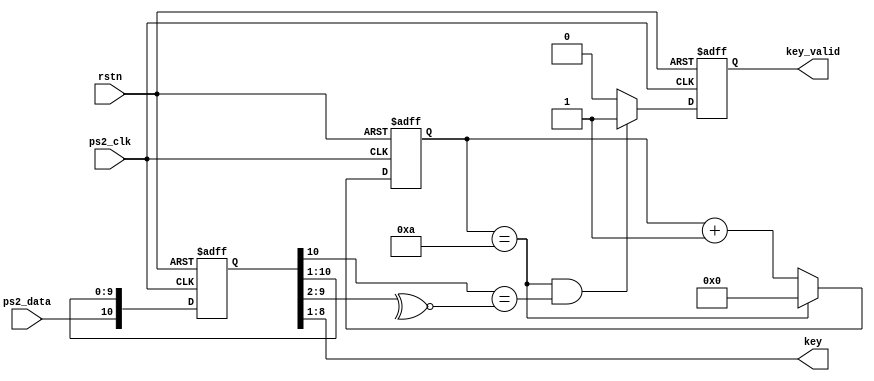
module keyboard(rstn, ps2_clk, ps2_data, key_valid, key);
    input rstn, ps2_clk, ps2_data;
    output key_valid;
    output[7:0] key;

    reg[10:0] shift_reg;
    always @(negedge ps2_clk or negedge rstn)
        if (!rstn)
            shift_reg <= 0;
        else
            shift_reg <= {ps2_data, shift_reg[10:1]};

    reg[3:0] counter;
    always @(negedge ps2_clk or negedge rstn)
        if (!rstn)
            counter <= 0;
        else if (counter == 10)
            counter <= 0;
        else
            counter <= counter + 1;
    
    reg key_valid;
    always @(negedge ps2_clk or negedge rstn)
        if (!rstn)
            key_valid <= 0;
        else if (counter == 10 && shift_reg[10] == ~^shift_reg[9:2])
            key_valid <= 1;
        else
            key_valid <= 0;
    
    assign key = shift_reg[8:1];   
endmodule

module debounce(clk, rstn, button_in, button_out);
    input clk, rstn, button_in;
    output button_out;
    reg button_out;
    reg button_reg;

    reg[12:0] counter;
    always @(negedge clk or negedge rstn)
        if (!rstn)
            counter <= 0;
        else if (button_reg != button_in || |counter)
            counter <= counter + 1;
        else
            counter <= 0;

    always @(negedge clk or negedge rstn)
        if (!rstn)
            button_out <= 0;
        else if (|counter)
            button_out <= button_out;
        else
            button_out <= button_reg;

    always @(negedge clk or negedge rstn)
        if (!rstn)
            button_reg <= 0;
        else if (|counter)
            button_reg <= button_reg;
        else
            button_reg <= button_in;

endmodule

module display(key_valid, key, led, led_dn);
    input key_valid;
    input[7:0] key;
    output reg[6:0] led;
    output led_dn;

    assign led_dn = 1;
    reg[7:0] pre_key;

    always @(*)
    if(key_valid) begin
        case(key)
            8'h45: led <= (pre_key == 8'hf0) ? 7'b0000000 : 7'b1111110; //  8'h45  '0'
            8'h16: led <= (pre_key == 8'hf0) ? 7'b0000000 : 7'b0110000; //  8'h16  '1'
            8'h1e: led <= (pre_key == 8'hf0) ? 7'b0000000 : 7'b1101101; //  8'h1e  '2'
            8'h26: led <= (pre_key == 8'hf0) ? 7'b0000000 : 7'b1111001; //  8'h26  '3'
            8'h25: led <= (pre_key == 8'hf0) ? 7'b0000000 : 7'b0110011; //  8'h25  '4'
            8'h2e: led <= (pre_key == 8'hf0) ? 7'b0000000 : 7'b1011011; //  8'h2e  '5'
            8'h36: led <= (pre_key == 8'hf0) ? 7'b0000000 : 7'b1011111; //  8'h36  '6'
            8'h3d: led <= (pre_key == 8'hf0) ? 7'b0000000 : 7'b1110000; //  8'h3d  '7'
            8'h3e: led <= (pre_key == 8'hf0) ? 7'b0000000 : 7'b1111111; //  8'h3e  '8'
            8'h46: led <= (pre_key == 8'hf0) ? 7'b0000000 : 7'b1111011; //  8'h46  '9'
            default: led <= 7'b0000000; // 
        endcase
        pre_key <= key; // 
    end

endmodule

module top(clk, rstn, ps2_clk, ps2_data, led, led_dn);
    input clk, rstn, ps2_clk, ps2_data;
    output[6:0] led;
    output led_dn;
    wire ps2_clk_deb, ps2_data_deb, key_valid;
    wire[7:0] key;

    debounce clk_deb(clk, rstn, ps2_clk , ps2_clk_deb);
    debounce data_deb(clk, rstn, ps2_data, ps2_data_deb);
    keyboard my_keyboard(rstn, ps2_clk_deb, ps2_data_deb, key_valid, key);
    display led_dis(key_valid, key, led, led_dn);

endmodule

module keybord_tb;
    reg rstn, ps2_clk, ps2_data;
    wire key_valid;
    wire[7:0] key;

    keyboard my_keyboard(rstn, ps2_clk, ps2_data, key_valid, key);
    
    reg[10:0] data;
    integer i;
    initial
    begin
        rstn = 1;
        ps2_clk = 1;
        ps2_data = 1;
        data = 11'b10000101100;

        #3 rstn = 0;
        #3 rstn = 1;
        for (i = 0; i < 22; i= i + 1)
        begin
            #10;
            ps2_clk = ~ps2_clk;
            ps2_data = data[(i/2)%11];
        end
        #100 $finish;
    end
endmodule